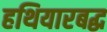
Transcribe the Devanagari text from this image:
हथियारबद्ध